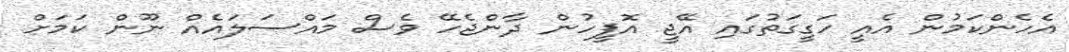
އެހެންކަމުން އެއީ ހަގީގަތުގައި އޭޖީ އޮފީހުން ދާންޖެހޭ ވެސް މައްސަލައެއް ނޫން ކަމަށް